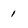
Character: 1